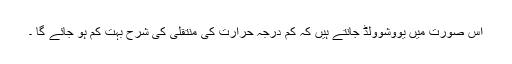
اس صورت میں یووشوولڈ جانتے ہیں کہ کم درجہ حرارت کی منتقلی کی شرح بہت کم ہو جائے گا ۔